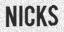
NICKS